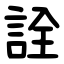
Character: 詮